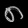
Digit: ၈